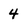
Character: 4